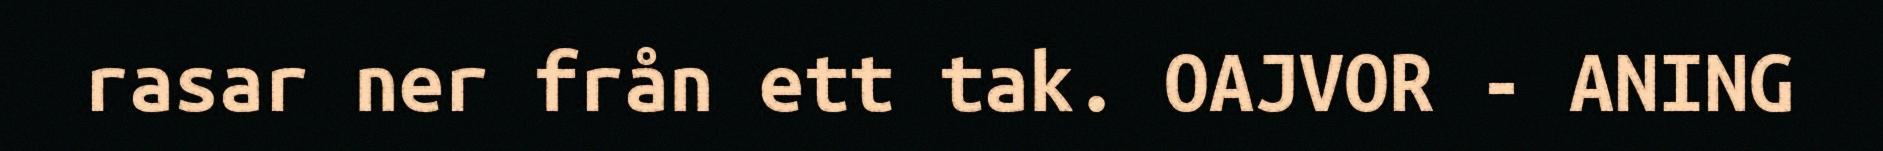
rasar ner från ett tak. OAJVOR - ANING